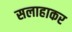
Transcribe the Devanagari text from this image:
सलाहाकर